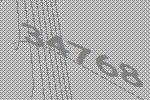
34768